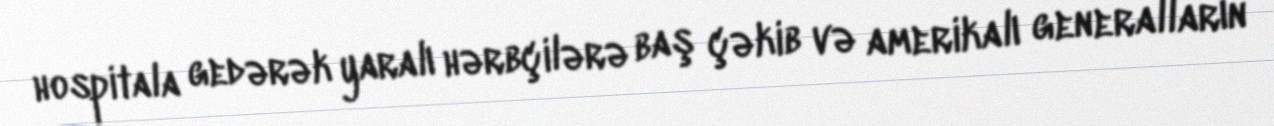
hospitala gedərək yaralı hərbçilərə baş çəkib və amerikalı generalların